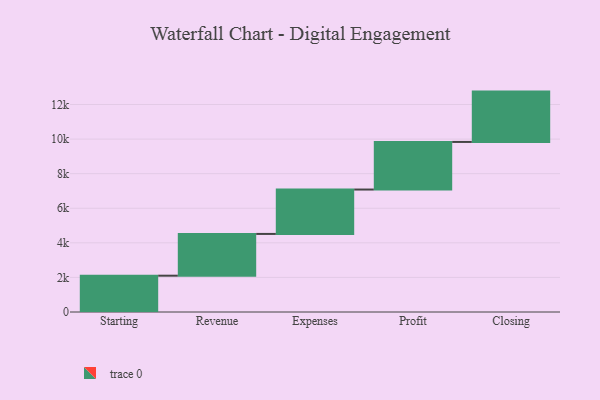
{"axis": {"x": "Step", "y": "Value"}, "legend": [""], "data": [{"x": "Starting", "y": 2100.0, "type": ""}, {"x": "Revenue", "y": 2415.0, "type": ""}, {"x": "Expenses", "y": 2567.0, "type": ""}, {"x": "Profit", "y": 2753.0, "type": ""}, {"x": "Closing", "y": 2911.0, "type": ""}]}